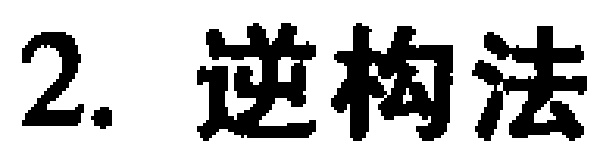
2. 逆构法